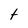
Character: t